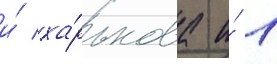
и́ ха́рькова и́ 1